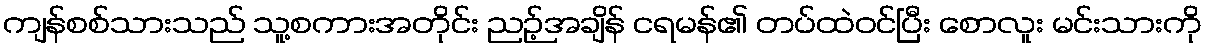
ကျန်စစ်သားသည် သူ့စကားအတိုင်း ညဉ့်အချိန် ငရမန်၏ တပ်ထဲဝင်ပြီး စောလူး မင်းသားကို